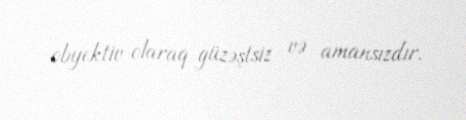
obyektiv olaraq güzəştsiz və amansızdır.